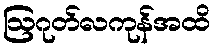
ဩဂုတ်လကုန်အထိ